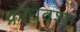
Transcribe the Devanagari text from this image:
क्रोधवशा